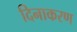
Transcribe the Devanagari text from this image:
दिनाकरण